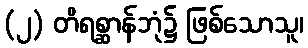
(၂) တိရစ္ဆာန်ဘုံ၌ ဖြစ်သောသူ၊